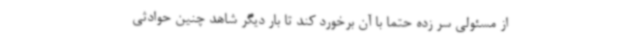
از مسئولی سر زده حتما با آن برخورد کند تا بار دیگر شاهد چنین حوادثی